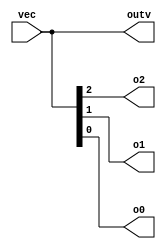
module top_module ( 
    input wire [2:0] vec,
    output wire [2:0] outv,
    output wire o2,
    output wire o1,
    output wire o0  ); // Module body starts after module declaration
    assign {o2, o1, o0} = vec;
    assign outv = vec;
endmodule